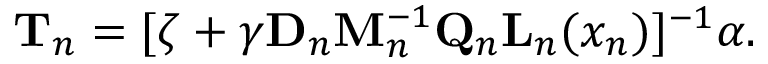
\mathbf { T } _ { n } = [ \boldsymbol \zeta + \boldsymbol \gamma \mathbf { D } _ { n } \mathbf { M } _ { n } ^ { - 1 } \mathbf { Q } _ { n } \mathbf { L } _ { n } ( x _ { n } ) ] ^ { - 1 } \boldsymbol \alpha .